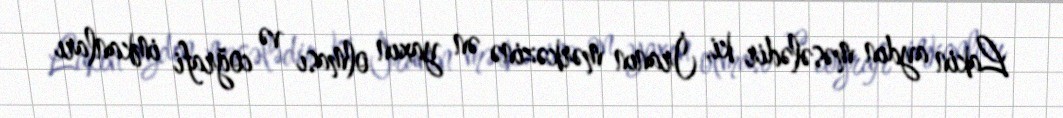
Lakin aydın məsələdir ki, İranın mərkəzinə ən yaxın olması və coğrafi imkanları